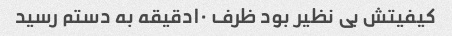
کیفیتش بی نظیر بود ظرف ١٠دقیقه به دستم رسید